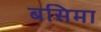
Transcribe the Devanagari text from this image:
बसिमा